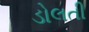
ડોલતી